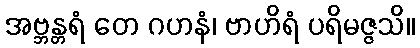
အဗ္ဘန္တရံ တေ ဂဟနံ၊ ဗာဟိရံ ပရိမဇ္ဇသိ။